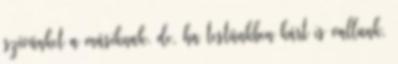
szívünket a másiknak. de, ha testünkben kárt is vallunk,